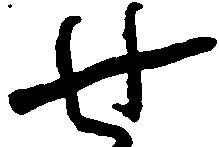
せ